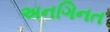
અનગિનત